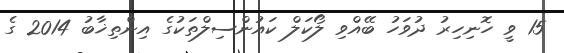
15 ވީ ހޮނިހިރު ދުވަހު ބޭއްވި ލޯކަލް ކައުންސިލްތަކުގެ އިންތިޚާބު 2014 ގެ